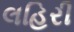
લહિરી